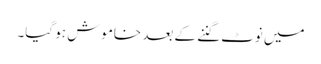
میں نوٹ گننے کے بعد خاموش ہو گیا۔